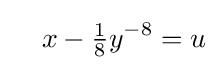
\quad x-{\tfrac {1}{8}}y^{-8}=u